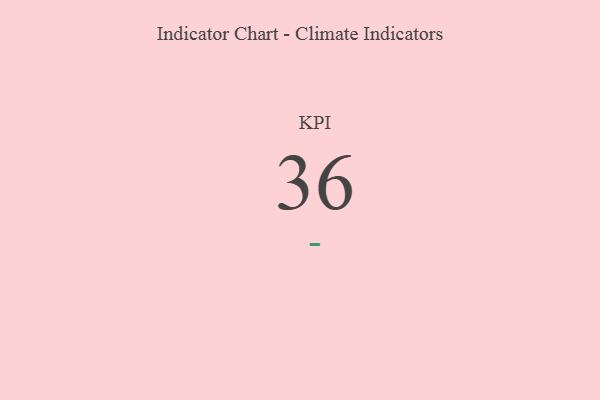
{"axis": {"x": "KPI", "y": "Value"}, "legend": [""], "data": [{"x": "KPI", "y": 36, "type": ""}]}